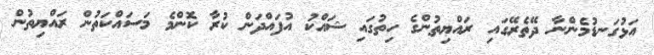
އަޅުގަނޑުމެންނާ ދޭތެރޭގައި ރައްޔިތުންގެ ހިތުގައި ޝައްކު އުފައްދަން ކުރާ ކޮންމެ މަސައްކަތުން ރައްޔިތުން